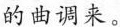
的曲调来。